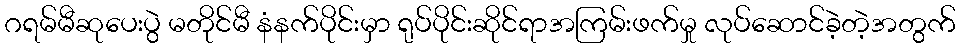
ဂရမ်မီဆုပေးပွဲ မတိုင်မီ နံနက်ပိုင်းမှာ ရုပ်ပိုင်းဆိုင်ရာအကြမ်းဖက်မှု လုပ်ဆောင်ခဲ့တဲ့အတွက်